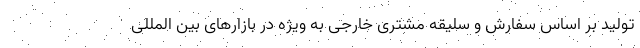
تولید بر اساس سفارش و سلیقه مشتری خارجی به ویژه در بازارهای بین المللی